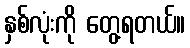
နှစ်လုံးကို တွေ့ရတယ်။